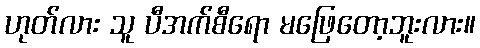
ဟုတ်လား သူ ပီအက်စီရော မဖြေတော့ဘူးလား။